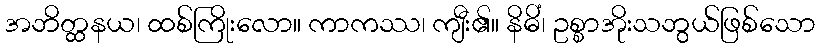
အဘိတ္ထနယ၊ ထစ်ကြိုးလော။ ကာကဿ၊ ကျီး၏။ နိဓိံ၊ ဥစ္စာအိုးသဘွယ်ဖြစ်သော